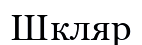
Шкляр